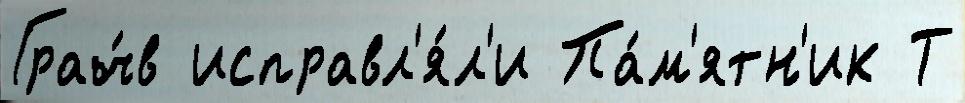
Грач́в исправл'я́л'и Па́м'ятн'ик Т